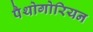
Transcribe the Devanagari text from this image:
पैथोगोरियन